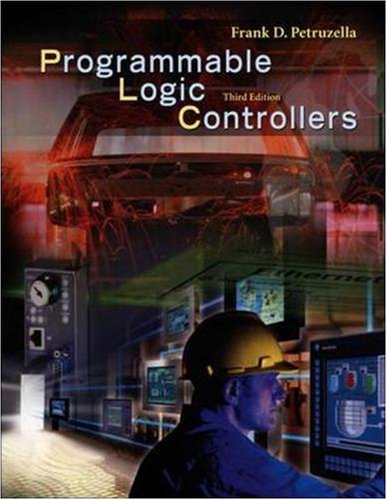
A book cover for Programmable Logic Controllers, Third Edition; Frank Petruzella; Computers & Technology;